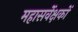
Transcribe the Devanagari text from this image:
महासर्वेक्षकों